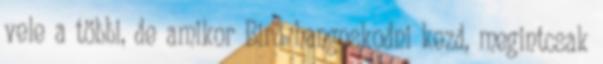
vele a többi, de amikor Bird hangoskodni kezd, megintcsak